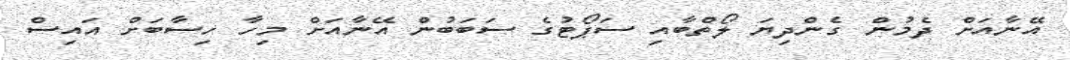
އޭނާއަށް ދެމުން ގެންދިޔަ ލޯތްބާއި ސަޕޯޓުގެ ސަބަބުން އޭނާއަށް މިހާ ހިސާބަށް އައިސް